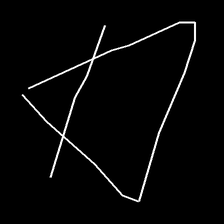
Glyph: empower